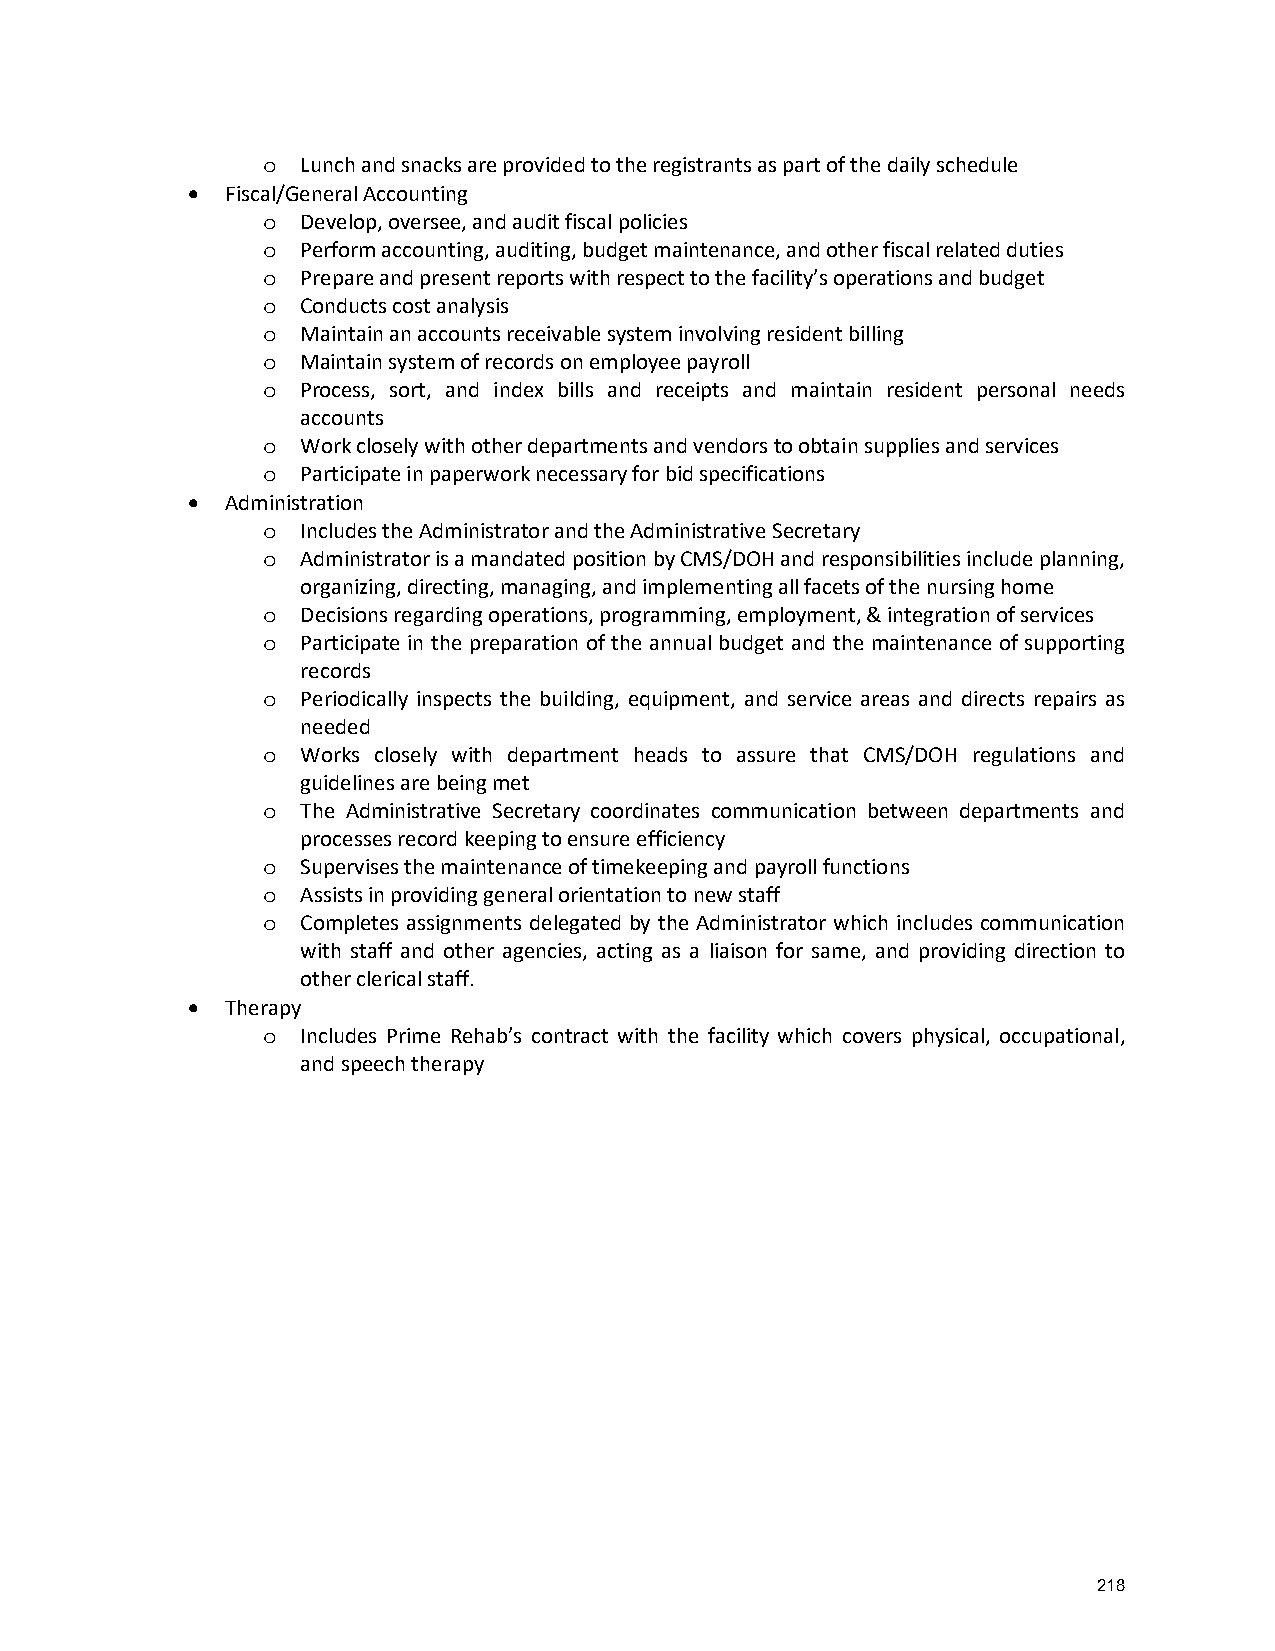
Lunch and snacks are provided to the registrants as part of the daily schedule
 o
 •  Fiscal/General Accounting
 Develop, oversee, and audit fiscal policies
 o
 Perform accounting, auditing, budget maintenance, and other fiscal related duties
 o
 Prepare and present reports with respect to the facility’s operations and budget
 o
 Conducts cost analysis
 o
 Maintain an accounts receivable system involving resident billing
 o
 Maintain system of records on employee payroll
 o
 Process, sort, and index bills and receipts and maintain resident personal needs
 o
 accounts
 Work closely with other departments and vendors to obtain supplies and services
 o
 Participate in paperwork necessary for bid specifications
 o
 •  Administration
 Includes the Administrator and the Administrative Secretary
 o
 Administrator is a mandated position by CMS/DOH and responsibilities include planning,
 o
 organizing, directing, managing, and implementing all facets of the nursing home
 Decisions regarding operations, programming, employment, & integration of services
 o
 Participate in the preparation of the annual budget and the maintenance of supporting
 o
 records
 Periodically inspects the building, equipment, and service areas and directs repairs as
 o
 needed
 Works closely with department heads to assure that CMS/DOH regulations and
 o
 guidelines are being met
 The Administrative Secretary coordinates communication between departments and
 o
 processes record keeping to ensure efficiency
 Supervises the maintenance of timekeeping and payroll functions
 o
 Assists in providing general orientation to new staff
 o
 Completes assignments delegated by the Administrator which includes communication
 o
 with staff and other agencies, acting as a liaison for same, and providing direction to
 other clerical staff.
 •  Therapy
 Includes Prime Rehab’s contract with the facility which covers physical, occupational,
 o
 and speech therapy
 218